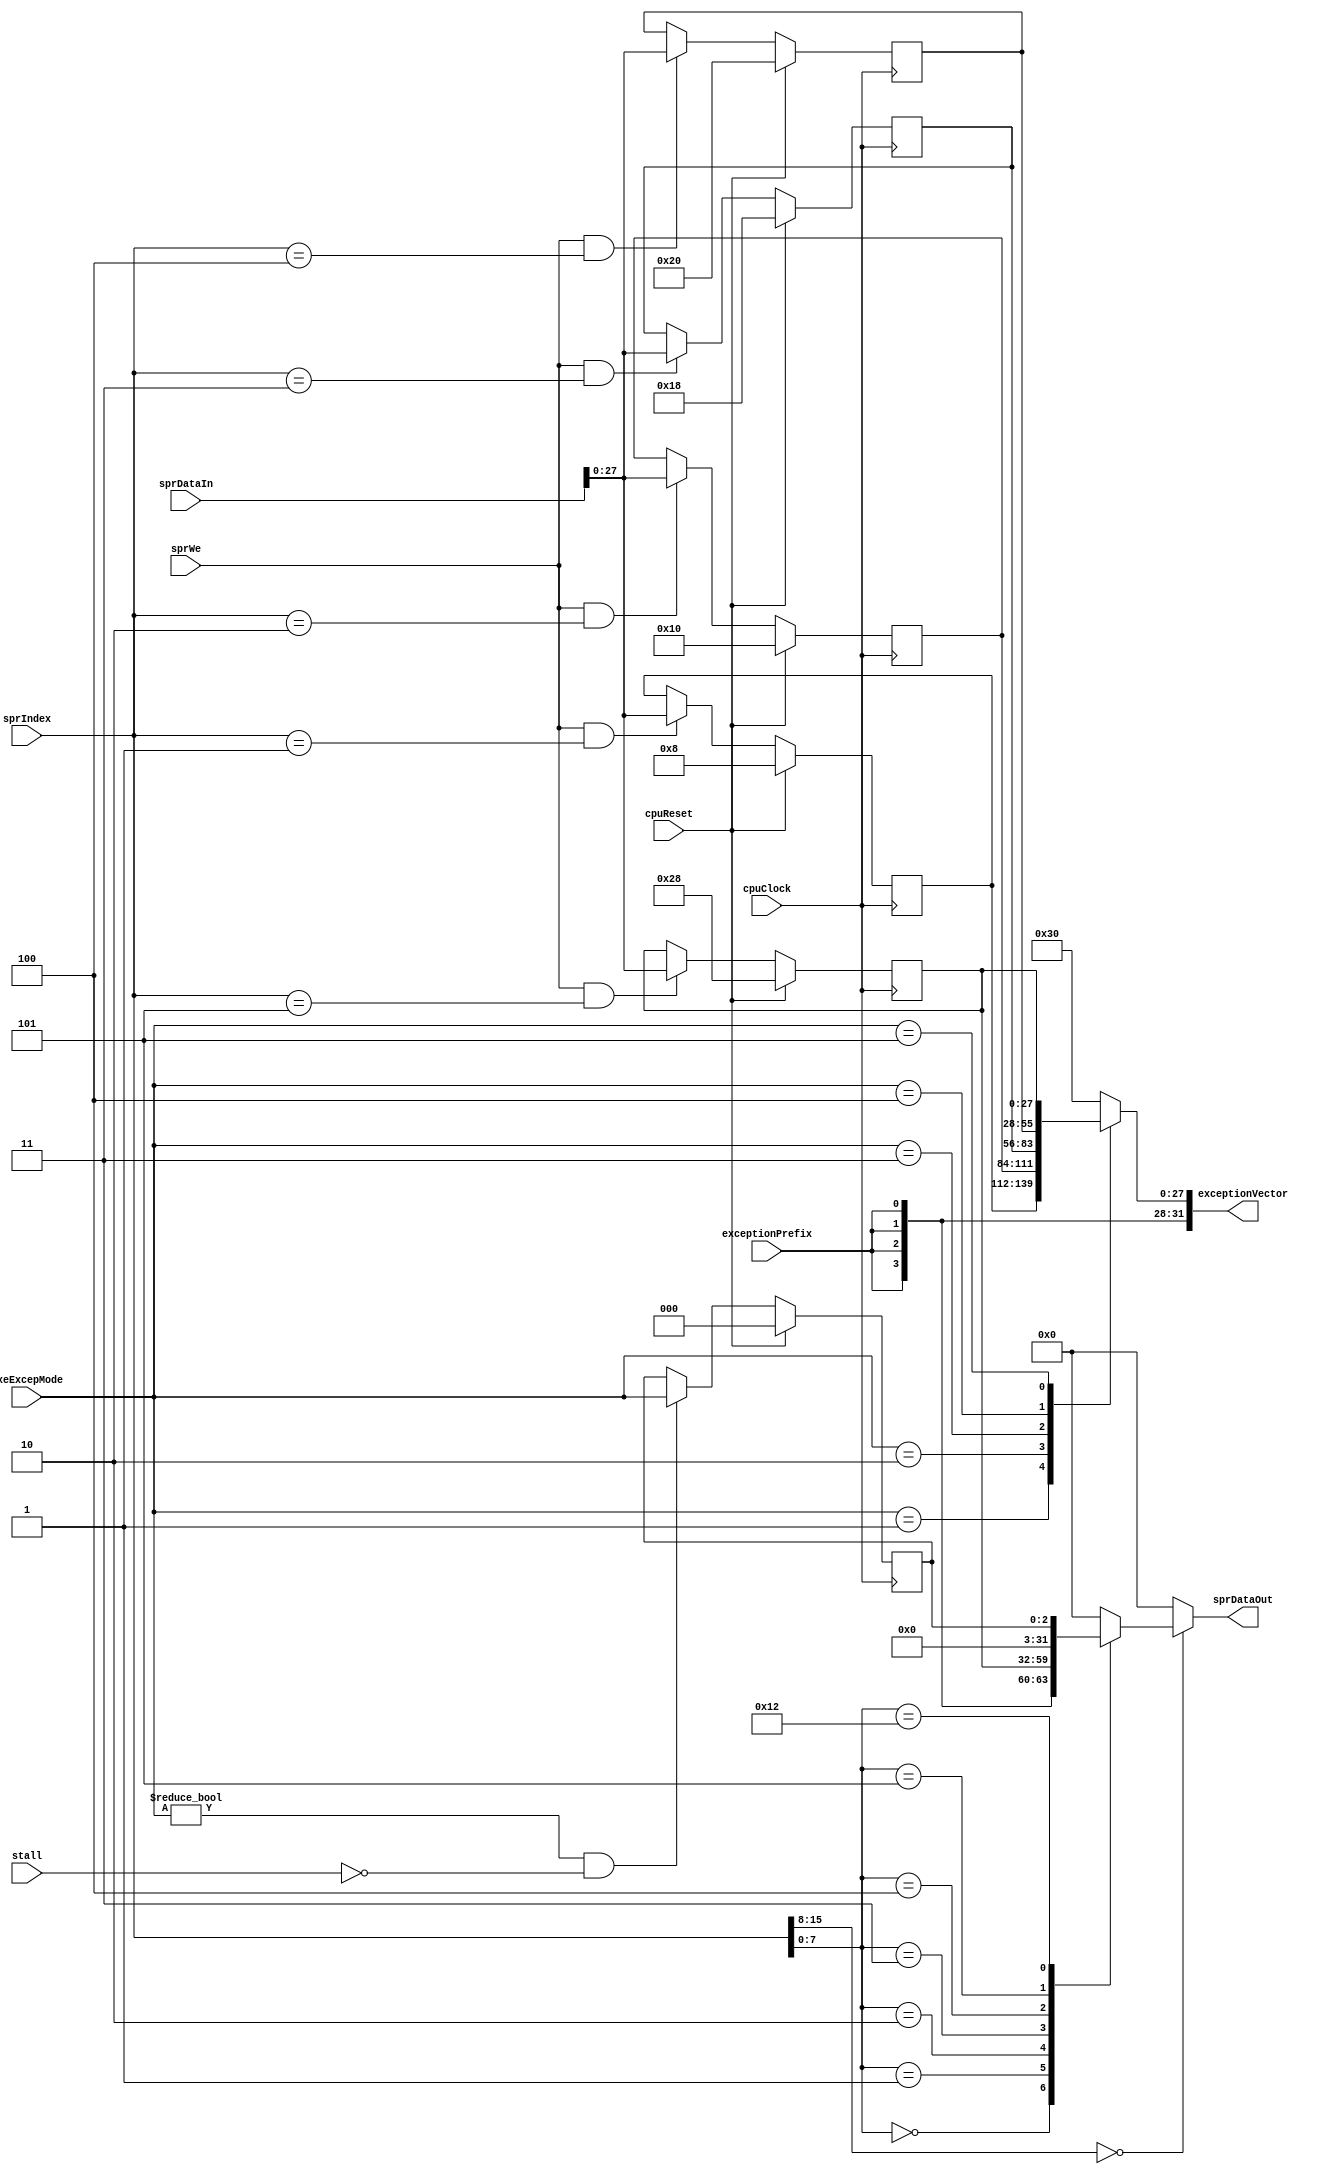
module sprUnit ( input wire         cpuClock,
                                    cpuReset,
                                    stall,
                 output reg [31:0]  sprDataOut,
                 input wire [15:0]  sprIndex,
                 input wire         sprWe,
                 input wire [31:0]  sprDataIn,

                 input wire [2:0]   exeExcepMode,
                 input wire         exceptionPrefix,
                 output reg [31:0]  exceptionVector );

  reg [2:0] s_exceptionReg;
  reg [27:0] s_iCacheVectorReg, s_dCacheVectorReg, s_irqVectorReg, s_invalidVectorReg, s_systemVectorReg;

  always @(posedge cpuClock) if (cpuReset == 1'b1) s_exceptionReg <= 3'd0;
                             else if (exeExcepMode != 3'd0 && stall == 1'b0) s_exceptionReg <= exeExcepMode;
  
  always @*
    if (sprIndex[15:8] == 8'd0)
      case (sprIndex[7:0])
        8'h00   : sprDataOut <= {{4{exceptionPrefix}}, 28'd48};
        8'h01   : sprDataOut <= {{4{exceptionPrefix}}, s_iCacheVectorReg};
        8'h02   : sprDataOut <= {{4{exceptionPrefix}}, s_dCacheVectorReg};
        8'h03   : sprDataOut <= {{4{exceptionPrefix}}, s_irqVectorReg};
        8'h04   : sprDataOut <= {{4{exceptionPrefix}}, s_invalidVectorReg};
        8'h05   : sprDataOut <= {{4{exceptionPrefix}}, s_systemVectorReg};
        8'h12   : sprDataOut <= {29'd0,s_exceptionReg};
        default : sprDataOut <= 32'd0;
      endcase
    else sprDataOut <= 32'd0;

  always @*
    case (exeExcepMode)
      3'd1    : exceptionVector <= {{4{exceptionPrefix}}, s_iCacheVectorReg};
      3'd2    : exceptionVector <= {{4{exceptionPrefix}}, s_dCacheVectorReg};
      3'd3    : exceptionVector <= {{4{exceptionPrefix}}, s_irqVectorReg};
      3'd4    : exceptionVector <= {{4{exceptionPrefix}}, s_invalidVectorReg};
      3'd5    : exceptionVector <= {{4{exceptionPrefix}}, s_systemVectorReg};
      default : exceptionVector <= {{4{exceptionPrefix}}, 28'd48};
    endcase
  
  always @(posedge cpuClock)
    begin
      s_iCacheVectorReg  <= (cpuReset == 1'b1) ? 28'd8 : (sprWe == 1'b1 && sprIndex == 16'd1) ? sprDataIn[27:0] : s_iCacheVectorReg;
      s_dCacheVectorReg  <= (cpuReset == 1'b1) ? 28'd16 : (sprWe == 1'b1 && sprIndex == 16'd2) ? sprDataIn[27:0] : s_dCacheVectorReg;
      s_irqVectorReg     <= (cpuReset == 1'b1) ? 28'd24 : (sprWe == 1'b1 && sprIndex == 16'd3) ? sprDataIn[27:0] : s_irqVectorReg;
      s_invalidVectorReg <= (cpuReset == 1'b1) ? 28'd32 : (sprWe == 1'b1 && sprIndex == 16'd4) ? sprDataIn[27:0] : s_invalidVectorReg;
      s_systemVectorReg  <= (cpuReset == 1'b1) ? 28'd40 : (sprWe == 1'b1 && sprIndex == 16'd5) ? sprDataIn[27:0] : s_systemVectorReg;
    end
endmodule